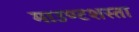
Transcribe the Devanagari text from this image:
माउण्टशस्ता